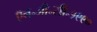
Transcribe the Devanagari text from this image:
ऍन॰जी॰सी॰१९९०